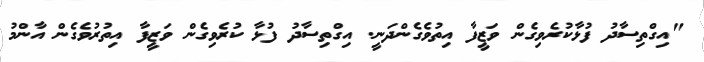
"އިގްތިސާދު ފުޅާކުރެވިގެން ވަޒީފާ އިތުވެގެންދަނީ. އިގްތިސާދު ފުޅާ ކުރެވިގެން ވަޒީފާ އިތުރުވެގެން އާންމު